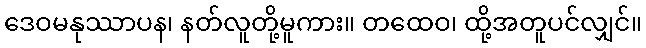
ဒေဝမနုဿာပန၊ နတ်လူတို့မူကား။ တထေဝ၊ ထို့အတူပင်လျှင်။